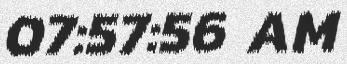
07:57:56 AM